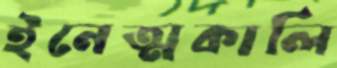
ইনেত্মকালি